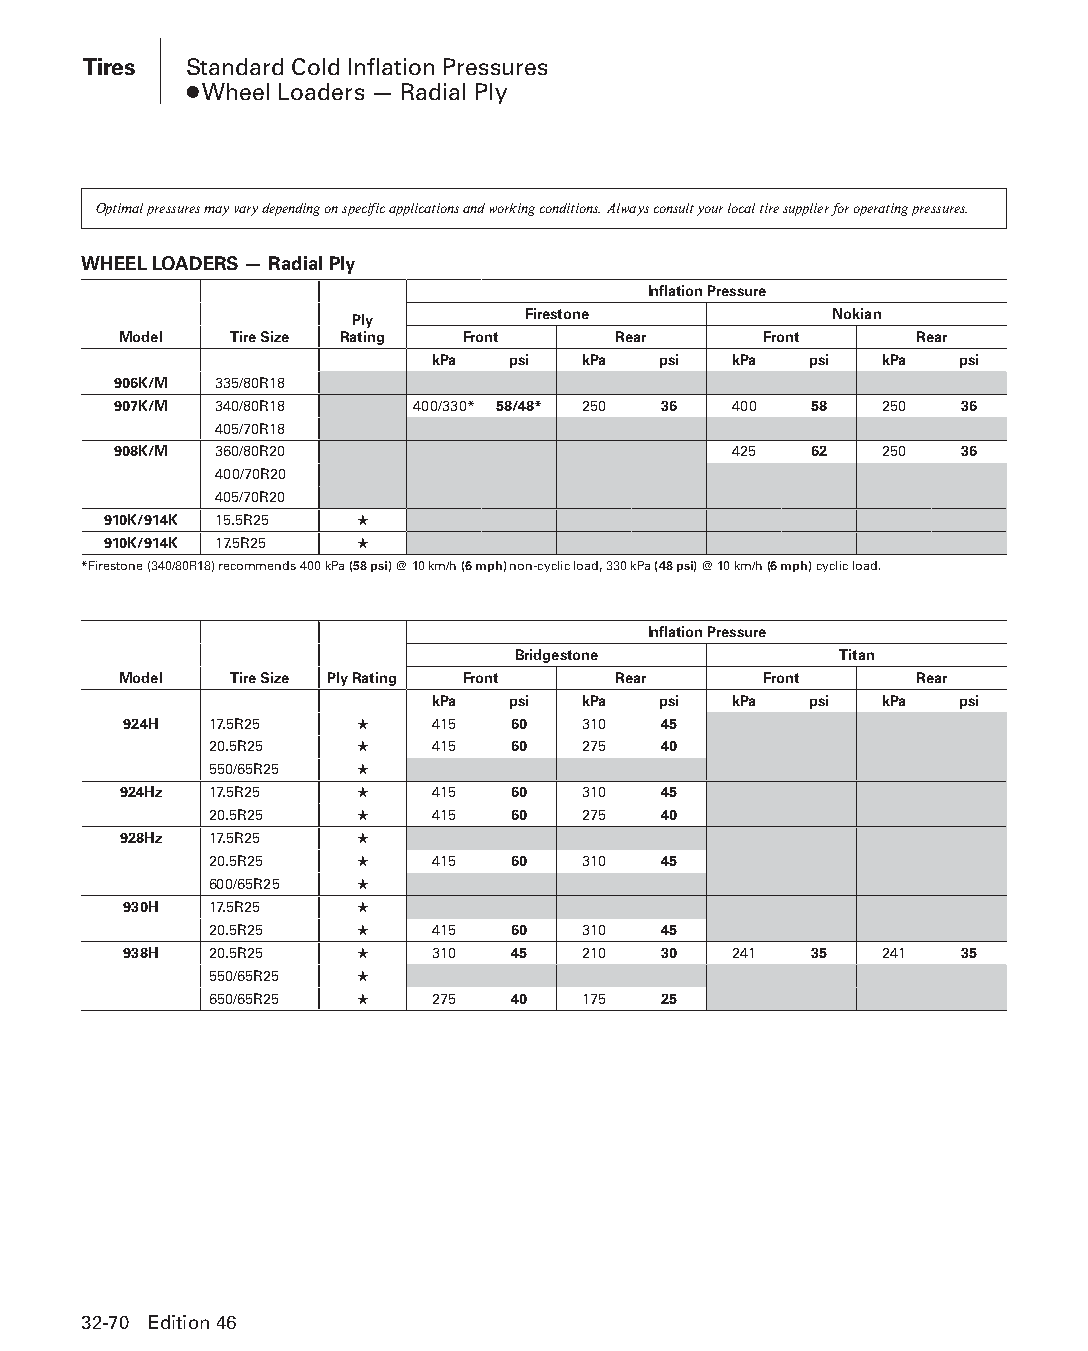
Tires  Standard Cold Inflation Pressures
 ● Wheel Loaders — Radial Ply
 Optimal pressures may vary depending on specific applications and working conditions. Always consult your local tire supplier for operating pressures.
 WHEEL LOADERS — Radial Ply
 Inflation Pressure
 Ply        Firestone           Nokian
 Model   Tire Size Rating Front   Rear      Front     Rear
 kPa  psi  kPa  psi  kPa  psi  kPa  psi
 906K/M 335/80R18
 907K/M 340/80R18    400/330* 58/48* 250 36 400 58  250  36
 405/70R18
 908K/M 360/80R20                         425  62   250  36
 400/70R20
 405/70R20
 910K/914K 15.5R25 ★
 910K/914K 17.5R25 ★
 *Firestone (340/80R18) recommends 400 kPa (58 psi) @ 10 km/h (6 mph) non-cyclic load, 330 kPa (48 psi) @ 10 km/h (6 mph) cyclic load.
 Inflation Pressure
 Bridgestone           Titan
 Model   Tire Size Ply Rating Front Rear    Front     Rear
 kPa  psi  kPa  psi  kPa  psi  kPa  psi
 924H 17.5R25   ★    415  60   310  45
 20.5R25   ★    415  60   275  40
 550/65R25 ★
 924Hz 17.5R25   ★    415  60   310  45
 20.5R25   ★    415  60   275  40
 928Hz 17.5R25   ★
 20.5R25   ★    415  60   310  45
 600/65R25 ★
 930H 17.5R25   ★
 20.5R25   ★    415  60   310  45
 938H 20.5R25   ★    310  45   210  30   241  35   241  35
 550/65R25 ★
 650/65R25 ★    275  40   175  25
 32-70 Edition 46
 PPHHBB--SSeecc3322--1166..iinndddd 7700                        1122//44//1155 1111::2244 AAMM